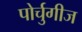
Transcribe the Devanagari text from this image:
पोर्चुगीज